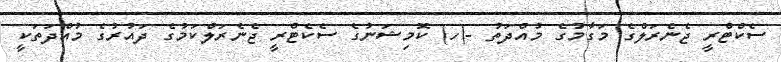
ސެކްޓްރީ ޖެނެރަލްގެ މަގާމުގެ މުއްދަތު -(ހ) ކޮމިޝަނުގެ ސެކެޓްރީ ޖެނެރަލްކަމުގެ ދައުރުގެ މުއްދަތަކީ